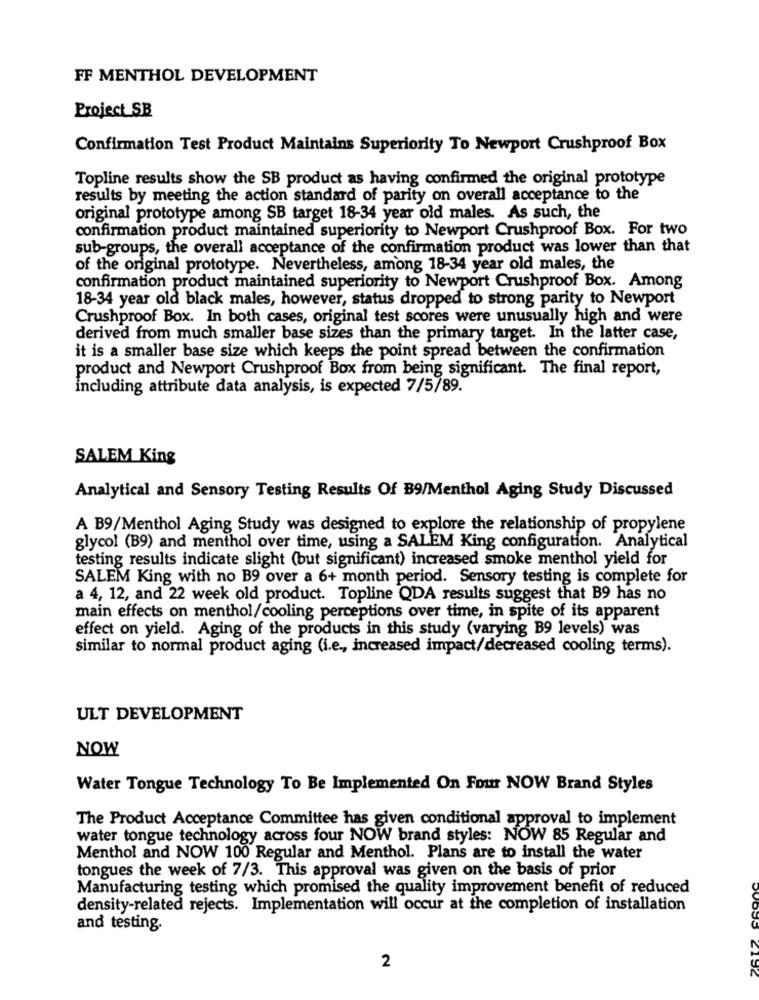
FF MENTHOL DEVELOPMENT
Project SB
Confirmation Test Product Maintains Superiority To Newport Crushproof Box
Topline results show the SB product as having confirmed the original prototype
results by meeting the action standard of parity on overall acceptance to the
original prototype among SB target 18-34 year old males. As such, the
confirmation product maintained superiority to Newport Crushproof Box. For two
sub-groups, the overall acceptance of the confirmation product was lower than that
of the original prototype. Nevertheless, among 18-34 year old males, the
confirmation product maintained superiority to Newport Crushproof Box. Among
18-34 year old black males, however, status dropped to strong parity to Newport
Crushproof Box. In both cases, original test scores were unusually high and were
derived from much smaller base sizes than the primary target. In the latter case,
it is a smaller base size which keeps the point spread between the confirmation
product and Newport Crushproof Box from being significant. The final report,
including attribute data analysis, is expected 7/5/89.
SALEM King
Analytical and Sensory Testing Results Of B9/Menthol Aging Study Discussed
A B9/Menthol Aging Study was designed to explore the relationship of propylene
glycol (B9) and menthol over time, using a SALEM King configuration. Analytical
testing results indicate slight (but significant) increased smoke menthol yield for
SALEM King with no B9 over a 6+ month period. Sensory testing is complete for
a 4, 12, and 22 week old product. Topline QDA results suggest that B9 has no
main effects on menthol/cooling perceptions over time, in spite of its apparent
effect on yield. Aging of the products in this study (varying B9 levels) was
similar to normal product aging (i.e ., increased impact/decreased cooling terms).
ULT DEVELOPMENT
NOW
Water Tongue Technology To Be Implemented On Four NOW Brand Styles
The Product Acceptance Committee has given conditional approval to implement
water tongue technology across four NOW brand styles: NOW 85 Regular and
Menthol and NOW 100 Regular and Menthol. Plans are to install the water
tongues the week of 7/3. This approval was given on the basis of prior
Manufacturing testing which promised the quality improvement benefit of reduced
density-related rejects. Implementation will occur at the completion of installation
and testing.
2
2156